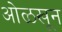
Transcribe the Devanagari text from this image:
अोळखून